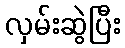
လှမ်းဆွဲပြီး